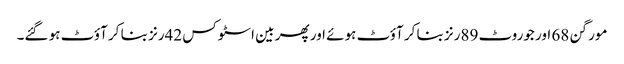
مورگن 68 اور جوروٹ 89رنز بنا کر آؤٹ ہوئے اور پھر بین اسٹوکس 42رنز بنا کر آؤٹ ہو گئے۔